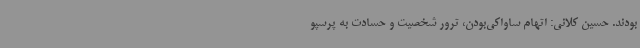
بودند. حسین کلانی: اتهام ساواکی‌بودن، ترور شخصیت و حسادت به پرسپو